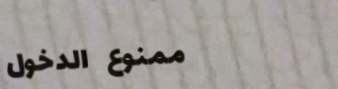
ممنوع الدخول